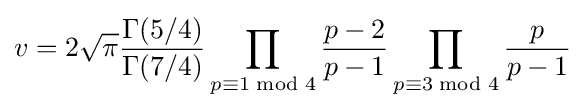
v=2{\sqrt {\pi }}{\frac {\Gamma (5/4)}{\Gamma (7/4)}}\prod _{p\equiv 1{\bmod {4}}}{\frac {p-2}{p-1}}\prod _{p\equiv 3{\bmod {4}}}{\frac {p}{p-1}}